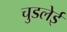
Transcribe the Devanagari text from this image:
चुडलेई